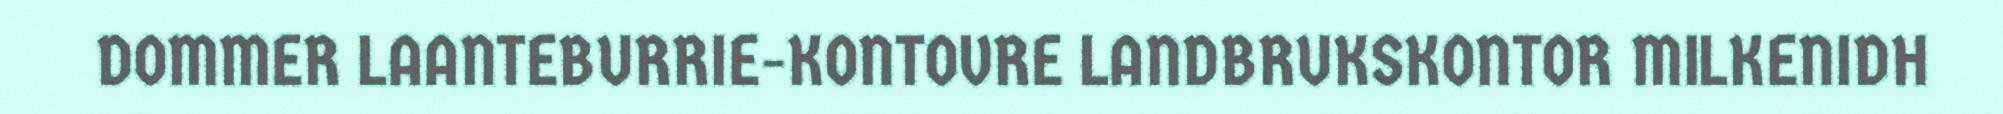
DOMMER LAANTEBURRIE-KONTOVRE LANDBRUKSKONTOR MILKENIDH